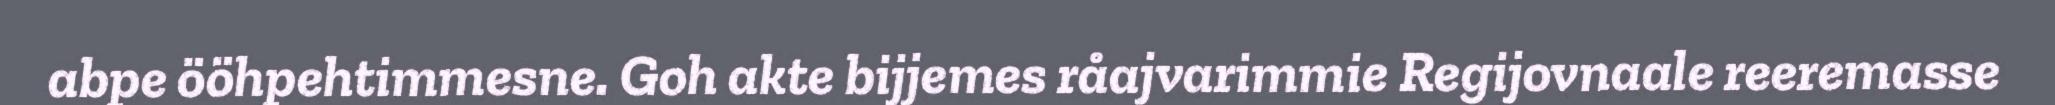
abpe ööhpehtimmesne. Goh akte bijjemes råajvarimmie Regijovnaale reeremasse